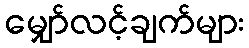
မျှော်လင့်ချက်များ